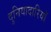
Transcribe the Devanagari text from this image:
दुनियादारियाँ